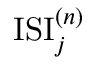
\mathrm { I S I } _ { j } ^ { ( n ) }